Indian journal of veterinary science and animal husbandry - Volume 11,
Year: 1941
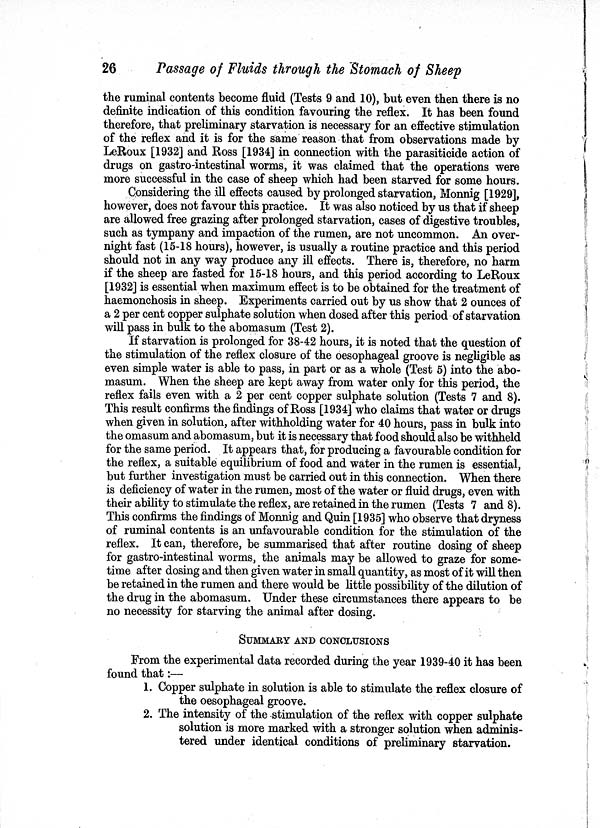
26
Passage of Fluids through the Stomach of Sheep
the ruminal contents become fluid (Tests 9 and 10), but even then there is no
definite indication of this condition favouring the reflex. It has been found
therefore, that preliminary starvation is necessary for an effective stimulation
of the reflex and it is for the same reason that from observations made by
LeRoux [1932] and Ross [1934] in connection with the parasiticide action of
drugs on gastro-intestinal worms, it was claimed that the operations were
more successful in the case of sheep which had been starved for some hours.
Considering the ill effects caused by prolonged starvation, Monnig [1929],
however, does not favour this practice. It was also noticed by us that if sheep
are allowed free grazing after prolonged starvation, cases of digestive troubles,
such as tympany and impaction of the rumen, are not uncommon. An over-
night fast (15-18 hours), however, is usually a routine practice and this period
should not in any way produce any ill effects. There is, therefore, no harm
if the sheep are fasted for 15-18 hours, and this period according to LeRoux
[1932] is essential when maximum effect is to be obtained for the treatment of
haemonchosis in sheep. Experiments carried out by us show that 2 ounces of
a 2 per cent copper sulphate solution when dosed after this period of starvation
will pass in bulk to the abomasum (Test 2).
If starvation is prolonged for 38-42 hours, it is noted that the question of
the stimulation of the reflex closure of the oesophageal groove is negligible as
even simple water is able to pass, in part or as a whole (Test 5) into the abo-
masum. When the sheep are kept away from water only for this period, the
reflex fails even with a 2 per cent copper sulphate solution (Tests 7 and 8).
This result confirms the findings of Ross [1934] who claims that water or drugs
when given in solution, after withholding water for 40 hours, pass in bulk into
the omasum and abomasum, but it is necessary that food should also be withheld
for the same period. It appears that, for producing a favourable condition for
the reflex, a suitable equilibrium of food and water in the rumen is essential,
but further investigation must be carried out in this connection. When there
is deficiency of water in the rumen, most of the water or fluid drugs, even with
their ability to stimulate the reflex, are retained in the rumen (Tests 7 and 8).
This confirms the findings of Monnig and Quin [1935] who observe that dryness
of ruminal contents is an unfavourable condition for the stimulation of the
reflex. It can, therefore, be summarised that after routine dosing of sheep
for gastro-intestinal worms, the animals may be allowed to graze for some-
time after dosing and then given water in small quantity, as most of it will then
be retained in the rumen and there would be little possibility of the dilution of
the drug in the abomasum. Under these circumstances there appears to be
no necessity for starving the animal after dosing.
SUMMARY AND CONCLUSIONS
From the experimental data recorded during the year 1939-40 it has been
found that:—
1. Copper sulphate in solution is able to stimulate the reflex closure of
the oesophageal groove.
2. The intensity of the stimulation of the reflex with copper sulphate
solution is more marked with a stronger solution when adminis-
tered under identical conditions of preliminary starvation.